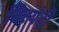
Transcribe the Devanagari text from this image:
निस्यंदी